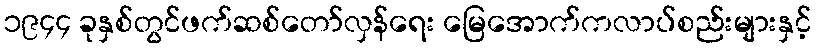
၁၉၄၄ ခုနှစ်တွင်ဖက်ဆစ်တော်လှန်ရေး မြေအောက်ကလာပ်စည်းများနှင့်